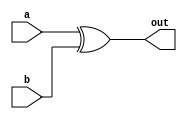
module xor_delay (
  input wire a, b,
  output reg out
);

initial begin
  out <= #10 a ^ b;
end

endmodule